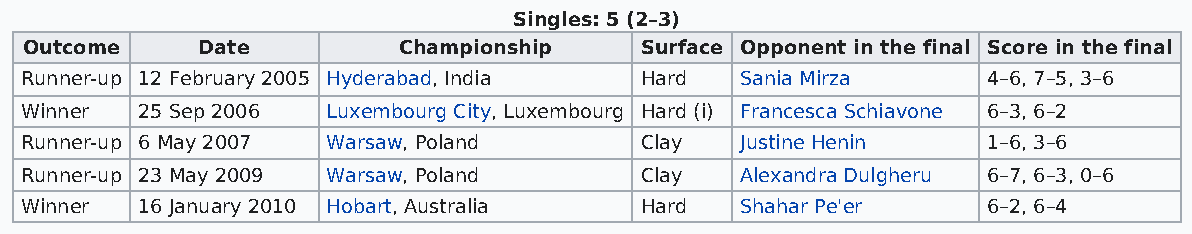
Singles: 5 (2–3)
 Outcome    Date         Championship    Surface Opponent in the final Score in the final
 Runner-up 12 February 2005 Hyderabad, India Hard Sania Mirza    4–6, 7–5, 3–6
 Winner  25 Sep 2006  Luxembourg City, Luxembourg Hard (i) Francesca Schiavone 6–3, 6–2
 Runner-up 6 May 2007 Warsaw, Poland      Clay   Justine Henin   1–6, 3–6
 Runner-up 23 May 2009 Warsaw, Poland     Clay   Alexandra Dulgheru 6–7, 6–3, 0–6
 Winner  16 January 2010 Hobart, Australia Hard  Shahar Pe'er    6–2, 6–4